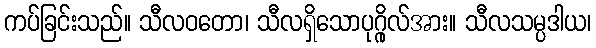
ကပ်ခြင်းသည်။ သီလဝတော၊ သီလရှိသောပုဂ္ဂိုလ်အား။ သီလသမ္ပဒါယ၊